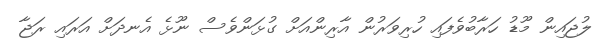
ލުޖައިން މޫޑު ހަރާބުވެފައި ހުރިވަރުން އާރިންއަށް ގުޅަންވެސް ނޫޅެ އެނދަށް އަރައި ރަޖާ